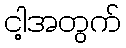
ငါ့အတွက်